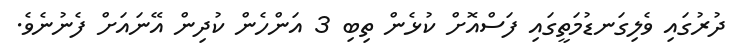
ދުރުގައި ވެލިގަނޑުމަތީގައި ފަސްއޮށް ކުޅެން ތިބި 3 އަންހެން ކުދިން އޭނައަށް ފެނުނެވެ.